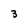
Character: 3